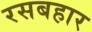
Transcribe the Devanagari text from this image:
रसबहार